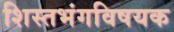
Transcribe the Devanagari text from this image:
शिस्तभंगविषयक